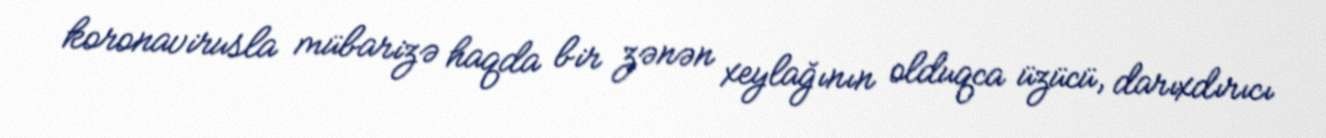
koronavirusla mübarizə haqda bir zənən xeylağının olduqca üzücü, darıxdırıcı